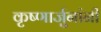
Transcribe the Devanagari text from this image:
कृष्णार्जुनांनी